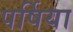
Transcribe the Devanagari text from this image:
पर्षिया